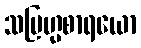
သဗြဟ္မစာရယော